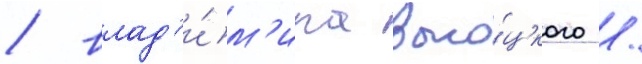
/ влад'и́м'ира высо́цкого /